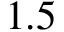
1 . 5